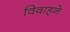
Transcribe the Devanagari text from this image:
विवाहने